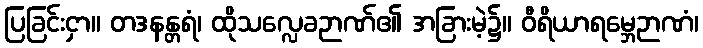
ပြခြင်းငှာ။ တဒနန္တရံ၊ ထိုသလ္လေခဉာဏ်၏ အခြားမဲ့၌။ ဝီရိယာရမ္ဘေဉာဏံ၊